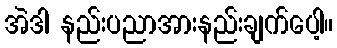
အဲဒါ နည်းပညာအားနည်းချက်ပေါ့။